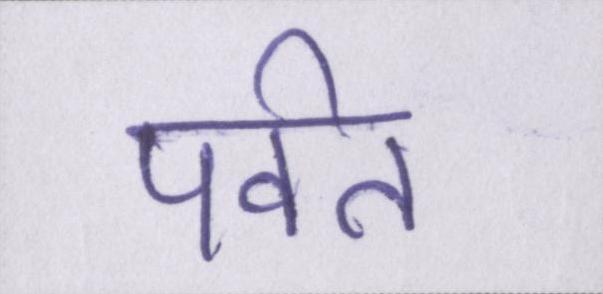
पर्वत